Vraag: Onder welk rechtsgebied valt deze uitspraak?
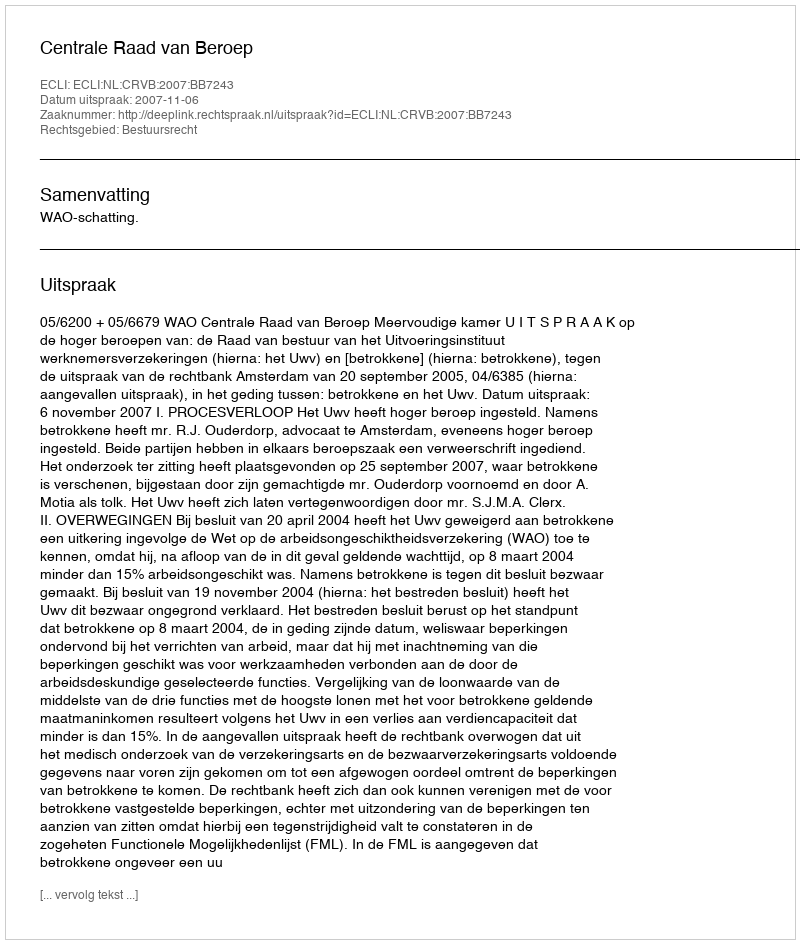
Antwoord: Bestuursrecht